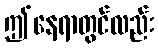
ဤနေရာတွင်လည်း